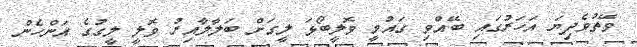
ވޭތުވެދިޔަ އަހަރުގައި ބޭއްވި ގައުމީ ވޮލީބޯޅަ ލީގަށް ބަލާލާއިރު ވޮލީ ލީގުގެ އަންހެން